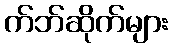
က်ဘ်ဆိုက်များ